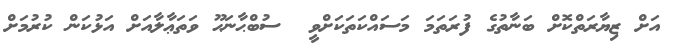
އަށް ޒިޔާރަތްކޮށް ބަނާތުގެ ފުރަތަމަ މަސައްކަތަކަށްވީ  ސުބްޙާނަޙޫ ވަތަޢާލާއަށް އަޅުކަން ކުރުމަށް